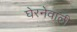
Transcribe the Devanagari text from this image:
घेरनेवाली